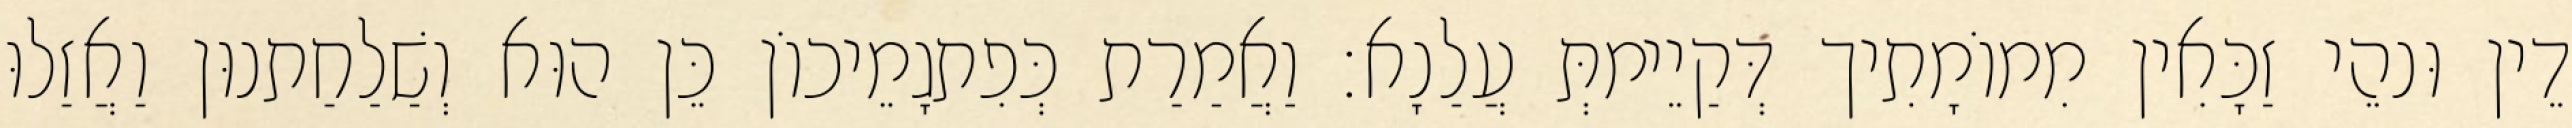
דֵין וּנהֵי זַכָּאִין מִמוֹמָתִיך דְּקַיֵימתְּ עֲלַנָא׃ וַאֲמַרַת כְּפִתגָמֵיכוֹן כֵּן הוּא וְשַׁלַחַתנוּן וַאֲזַלוּ